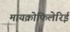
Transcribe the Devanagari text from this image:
मायक्रोफिलेरिई